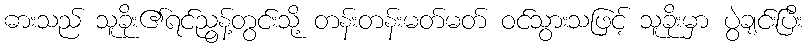
ဓားသည် သူခိုး၏ရင်ညွန့်တွင်းသို့ တန်းတန်းမတ်မတ် ဝင်သွားသဖြင့် သူခိုးမှာ ပွဲချင်းပြီး